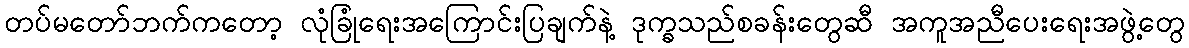
တပ်မတော်ဘက်ကတော့ လုံခြုံရေးအကြောင်းပြချက်နဲ့ ဒုက္ခသည်စခန်းတွေဆီ အကူအညီပေးရေးအဖွဲ့တွေ